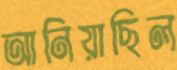
আনিয়াছিল